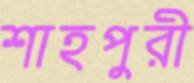
শাহপুরী